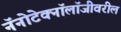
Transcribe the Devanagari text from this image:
नॅनोटेक्नॉलॉजीवरील